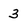
Character: 3